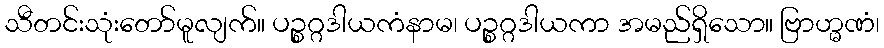
သီတင်းသုံးတော်မူလျက်။ ပဉ္စဂ္ဂဒါယကံနာမ၊ ပဉ္စဂ္ဂဒါယကာ အမည်ရှိသော။ ဗြာဟ္မဏံ၊